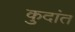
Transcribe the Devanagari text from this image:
कुदांत